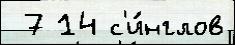
 7 14 с'и́нглов